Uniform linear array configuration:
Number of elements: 32
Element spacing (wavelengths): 0.5
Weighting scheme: hann
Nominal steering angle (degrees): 30
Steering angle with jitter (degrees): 29.693
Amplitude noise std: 0.05
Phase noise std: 0.05

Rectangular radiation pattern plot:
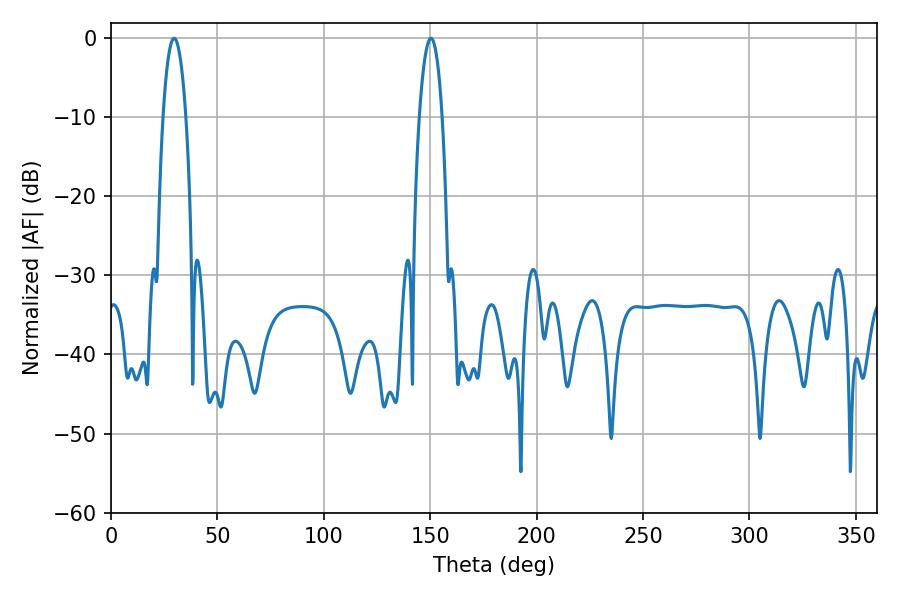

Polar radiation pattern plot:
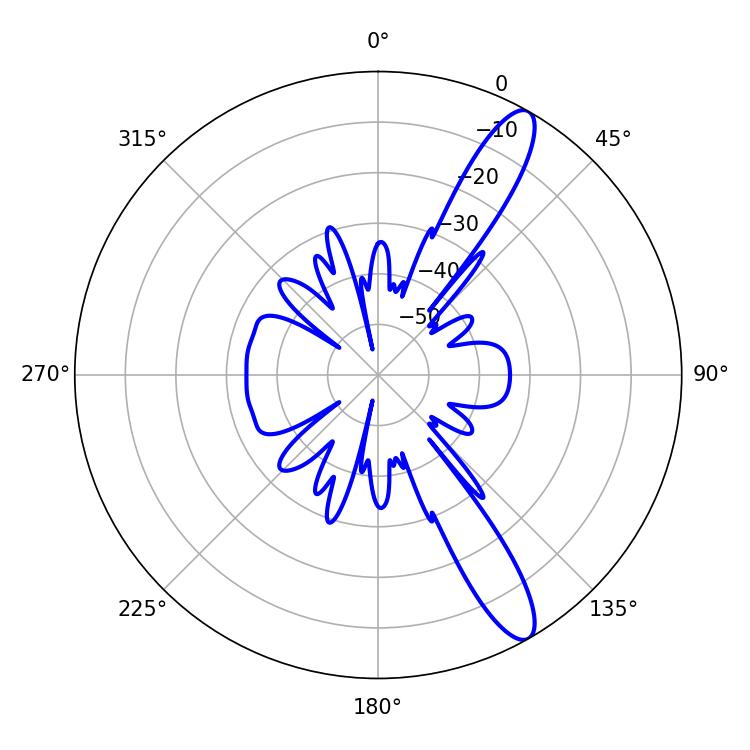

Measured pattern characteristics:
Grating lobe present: FALSE
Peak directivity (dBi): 12.572
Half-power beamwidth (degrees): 6.12
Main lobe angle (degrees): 150.3